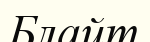
Блайт